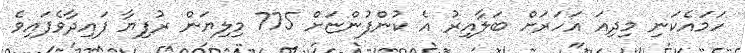
ހަމައެކަނި މިދިއަ އަހަރަށް ބަލާއިރު އެ ކުންފުންޏަށް 775 މިލިޔަން ރުފިޔާ ފައިދާވެފައިވެ